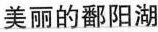
美丽的鄱阳湖